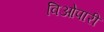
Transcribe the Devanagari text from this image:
विओपारी